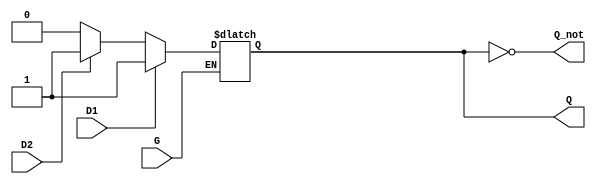
module dual_input_gated_latch (
    input wire D1,     // First data input
    input wire D2,     // Second data input
    input wire G,      // Enable (Control signal)
    output reg Q,      // Output
    output wire Q_not  // Complement of the output Q
);

    // Assigning the complement of Q
    assign Q_not = ~Q;

    // Always block to model the behavior of the gated latch
    always @(*) begin
        if (G) begin
            // When G is HIGH, sample the inputs
            if (D1) begin
                Q = D1; // Prioritize D1 if HIGH
            end else if (D2) begin
                Q = D2; // D2 takes effect if D1 is LOW and D2 is HIGH
            end else begin
                Q = 1'b0; // Both are LOW, Q remains LOW
            end
        end
        // If G is LOW, Q retains its previous state
    end
endmodule